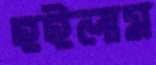
হইলাম